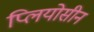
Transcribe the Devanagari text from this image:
प्लियोसीन